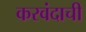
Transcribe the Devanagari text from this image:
करवंदाची